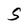
Character: S